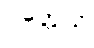
ဝတ္တေသိ